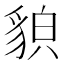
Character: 𧳖